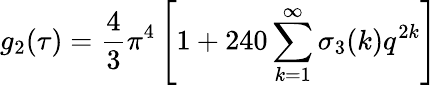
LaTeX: g_{2}(\tau)={\frac{4}{3}}\pi^{4}\left[1+240\sum_{k=1}^{\infty}\sigma_{3}(k)q^{2k}\right]